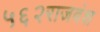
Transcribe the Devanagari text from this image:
५६२राजवंश